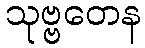
သုဗ္ဗတေန